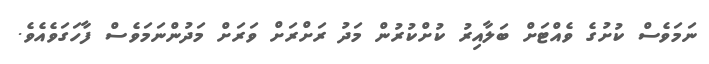
ނަމަވެސް ކުުށުގެ ވެއްޓަށް ބަލާއިރު ކުށްކުރުން މަދު ރަށްރަށް ވަރަށް މަދުންނަމަވެސް ފާހަގަވެއެވެ.